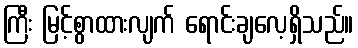
ကြီး မြင့်စွာထားလျက် ရောင်းချလေ့ရှိသည်။